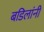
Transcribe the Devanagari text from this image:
बडिलांनी